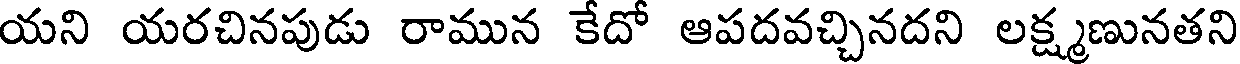
యని యరచినపుడు రామున కేదో ఆపదవచ్చినదని లక్ష్మణునతని